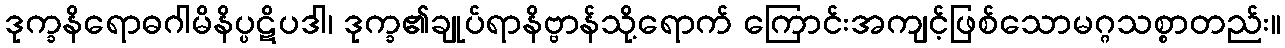
ဒုက္ခနိရောဓဂါမိနိပ္ပဋိပဒါ၊ ဒုက္ခ၏ချုပ်ရာနိဗ္ဗာန်သို့ရောက် ကြောင်းအကျင့်ဖြစ်သောမဂ္ဂသစ္စာတည်း။